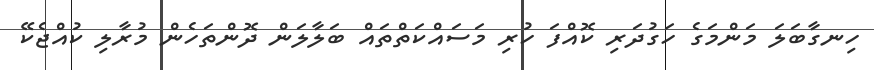
ހިނގާބަލަ މަންމަގެ ހަގުދަރި ކޮއްފަ ހުރި މަސައްކަތްތައް ބަލާލަން ދޮންތަހެން މުރާލި ކުއްޖެކޭ